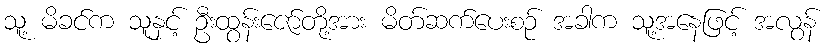
သူ့ မိခင်က သူနှင့် ဦးထွန်းဇော်တို့အား မိတ်ဆက်ပေးစဉ် အခါက သူ့အနေဖြင့် အလွန်